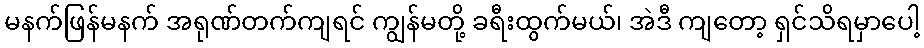
မနက်ဖြန်မနက် အရုဏ်တက်ကျရင် ကျွန်မတို့ ခရီးထွက်မယ်၊ အဲဒီ ကျတော့ ရှင်သိရမှာပေါ့